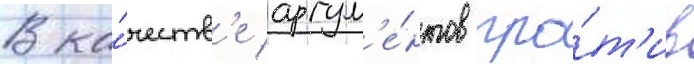
В ка́честв'е аргум'е́нтов про́т'ив